DOW-UAP-D10, Mission Report, Middle East, May 2022
Agency: Department of War
Incident date: 5/6/22
Incident location: Iraq
Page 4
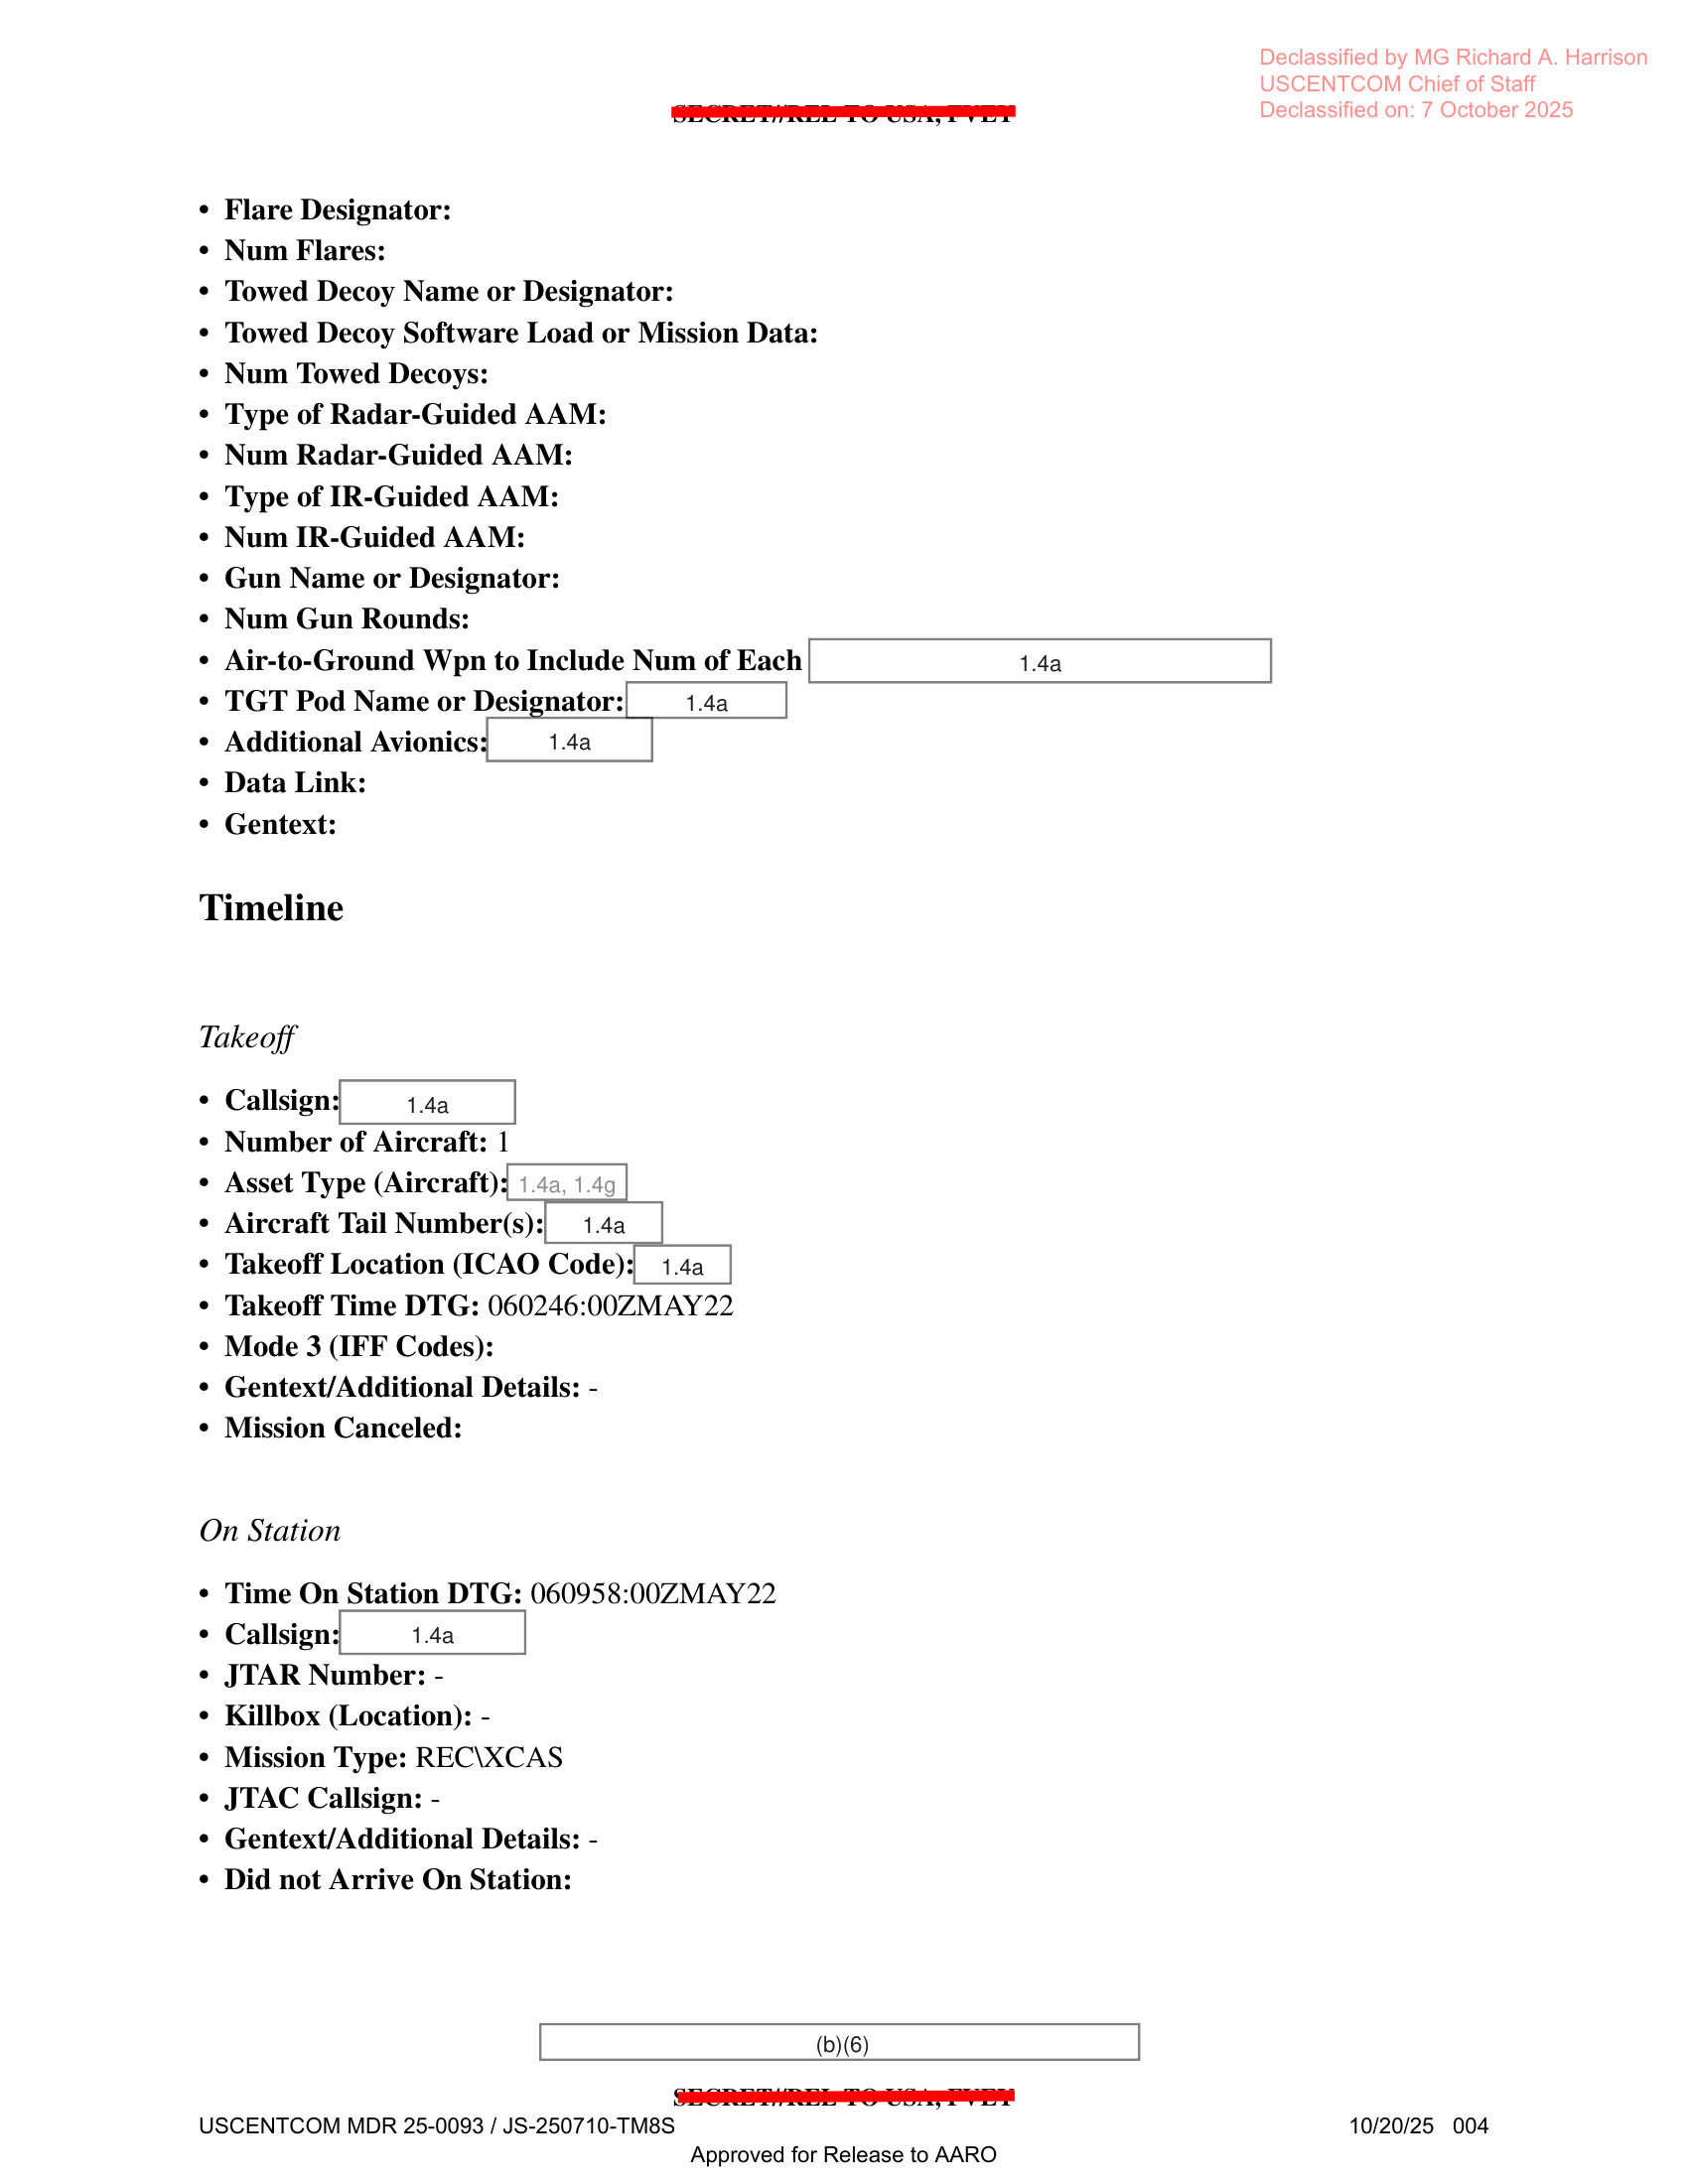